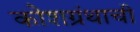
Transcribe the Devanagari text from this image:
कोशग्रंथाची